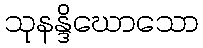
သုနန္ဒိဃောသော